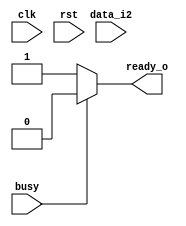
module HSD_Rx (clk,rst,data_i2,busy,ready_o);
    input wire busy;
    input wire clk;
    input wire rst;
    input wire [7:0] data_i2;
    output reg ready_o;

    reg [7:0] Rx;

   
    always @(*) begin  
                if(busy)
                    ready_o<=0;
                 else
                    ready_o<=1;
               if(ready_o )    
               Rx<=data_i2;
    end
endmodule